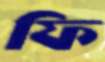
ফি